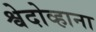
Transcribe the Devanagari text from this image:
श्वेदोव्हाना